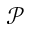
\mathcal { P }